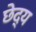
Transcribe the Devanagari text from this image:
छेद्य